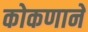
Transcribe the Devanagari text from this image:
कोकणाने